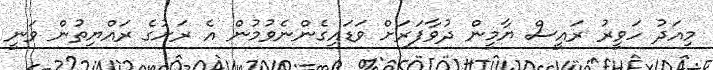
މިއަދު ހަވީރު ރައީސް ޔާމީން ދުވާފަރަށް ވަޑައިގެންނެވުމުން އެ ރަށުގެ ރައްޔިތުން ވަނީ